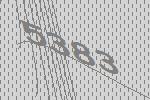
5383